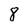
Character: 8